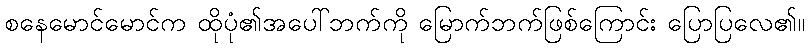
စနေမောင်မောင်က ထိုပုံ၏အပေါ်ဘက်ကို မြောက်ဘက်ဖြစ်ကြောင်း ပြောပြလေ၏။